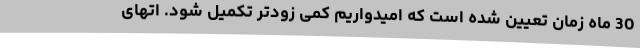
30 ماه زمان تعیین شده است که امیدواریم کمی زودتر تکمیل شود. اتهای